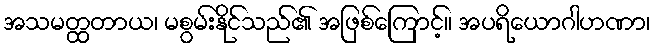
အသမတ္ထတာယ၊ မစွမ်းနိုင်သည်၏ အဖြစ်ကြောင့်။ အပရိယောဂါဟဏာ၊